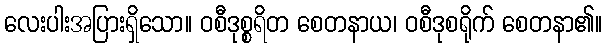
လေးပါးအပြားရှိသော။ ဝစီဒုစ္စရိတ စေတနာယ၊ ဝစီဒုစရိုက် စေတနာ၏။